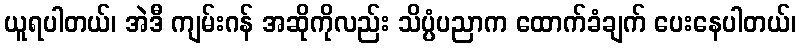
ယူရပါတယ်၊ အဲဒီ ကျမ်းဂန် အဆိုကိုလည်း သိပ္ပံပညာက ထောက်ခံချက် ပေးနေပါတယ်၊